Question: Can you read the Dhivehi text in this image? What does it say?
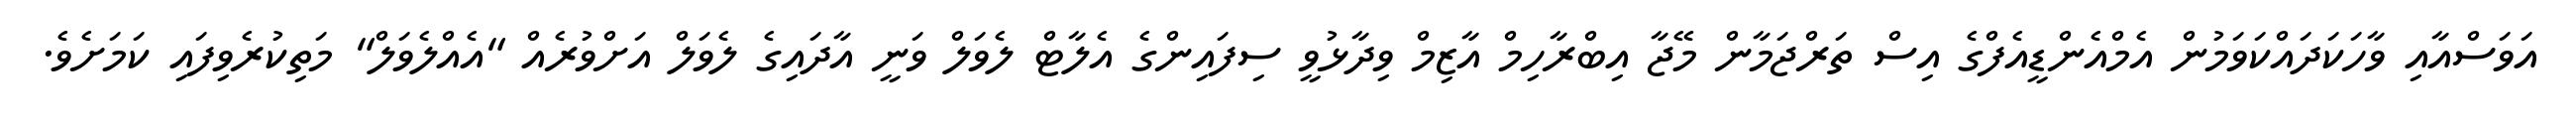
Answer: އަވަސްއާއި ވާހަކަދައްކަވަމުން އެމްއެންޑީއެފްގެ އިސް ތަރްޖަމާން މޭޖާ އިބްރާހިމް އާޒިމް ވިދާޅުވީ ސިފައިންގެ އެލާޓް ލެވަލް ވަނީ އާދައިގެ ލެވަލް އަށްވުރެއް "އެއްލެވަލް" މަތިކުރެވިފައި ކަމަށެވެ.